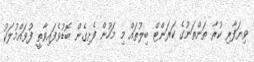
ވިޔަފާރި ކުރާ ތަންތަނުގެ ކަރަންޓް ބިލުތައް މި މަހުން ފެށިގެން ބޮޑުވެފައިވާތީ ފުވައްމުލަކު